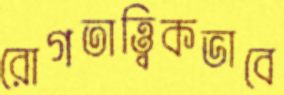
রোগতাত্ত্বিকভাবে